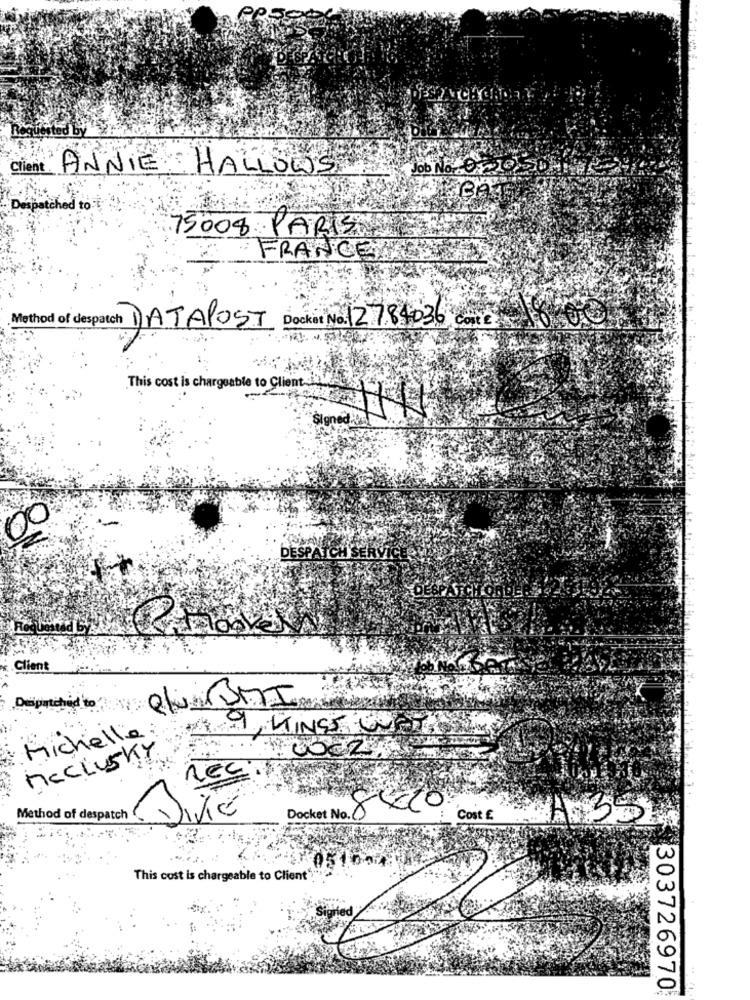
DESPATCHORT
ANNIE
HALLOWS
Job No One
hed to
75008 PARIS
FRANCETREE
DATAPOST Docket Na: 12784036
This cost is chargeable to Client
Signed.
00
DESPATCH SE
Client
rachid to
elva BMI
Michelle
AM LINGS CURSOEN
Mcclusky
...
Method of despatch
Docket No.
Cost E
35
...
This cost is chargeable to Client.",
303726970